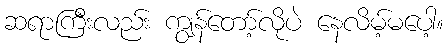
ဆရာကြီးလည်း ကျွန်တော့်လိုပဲ နေလိမ့်မပေါ့။